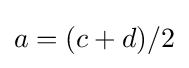
a=(c+d)/2